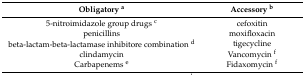
<table><thead><tr><td><b>Obligatory <sup>a</sup></b></td><td><b>Accessory <sup>b</sup></b></td></tr></thead><tbody><tr><td>5-nitroimidazole group drugs <sup>c</sup></td><td>cefoxitin</td></tr><tr><td>penicillins</td><td>moxifloxacin</td></tr><tr><td>beta-lactam-beta-lactamase inhibitore combination <sup>d</sup></td><td>tigecycline</td></tr><tr><td>clindamycin</td><td>Vancomycin <sup>f</sup></td></tr><tr><td>Carbapenems <sup>e</sup></td><td>Fidaxomycin <sup>f</sup></td></tr></tbody></table>